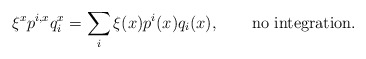
\begin{align*}\xi^x p^{i,x} q_i^x=\sum_i \xi(x)p^i(x)q_i(x),\qquad\hbox{no integration.}\end{align*}